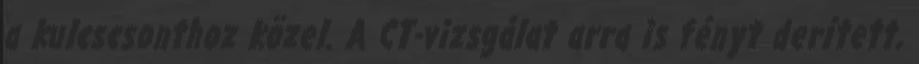
a kulcscsonthoz közel. A CT-vizsgálat arra is fényt derített,